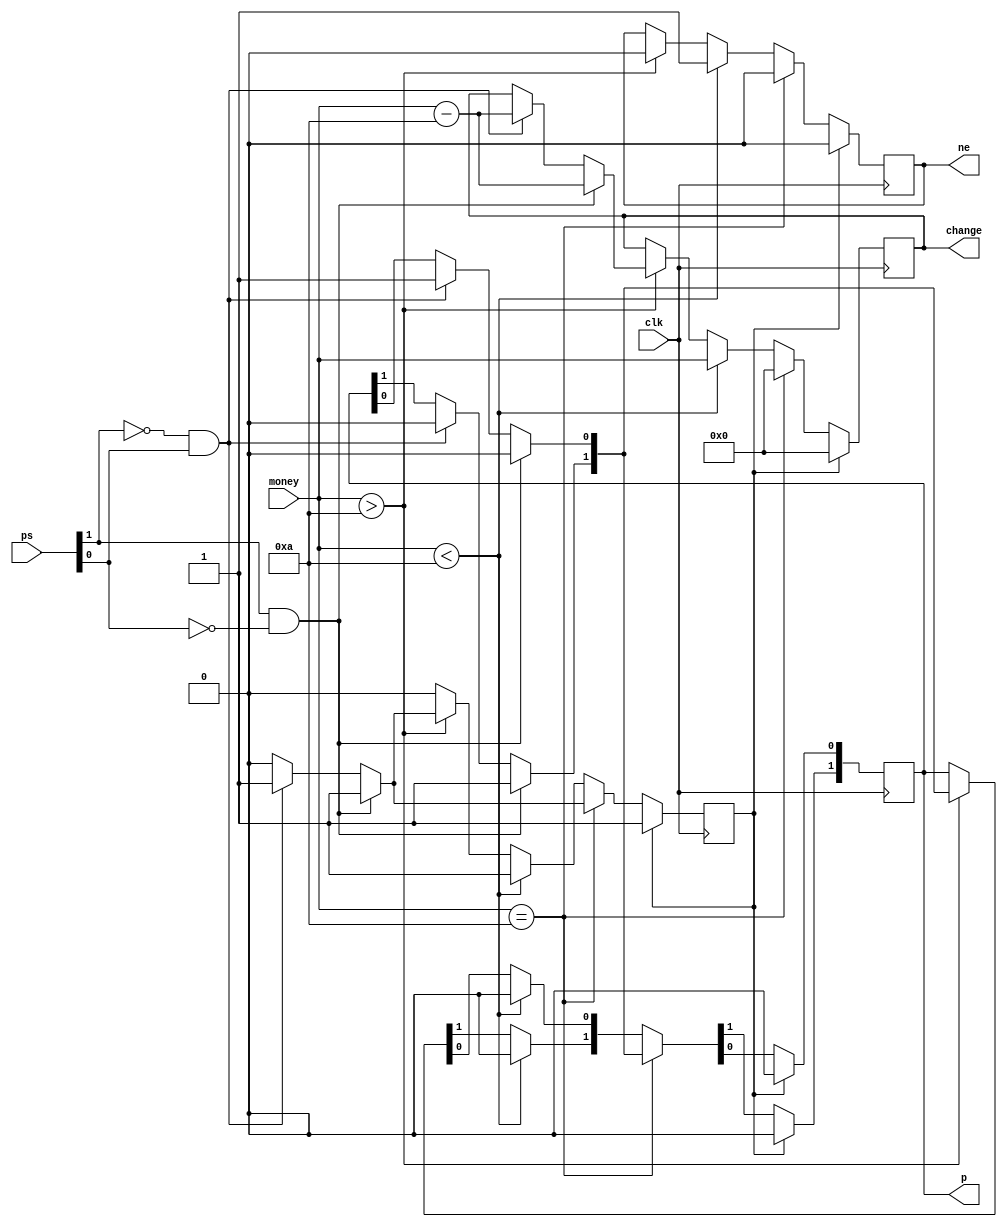
module vendingmachine(p,ne,change,ps,clk,money);
  output reg[0:1]p;
  output reg ne;
  output reg[3:0]change;
  input clk;
  input [3:0]money;
  input [0:1]ps;
  reg reset;
  
   initial 
   begin
   change=4'b0;
   p=2'b0;
   end

  always@(negedge clk)
  begin
    if(reset==1'b1)
      begin
        change=1'b0;
        p[0]=1'b0;
        p[1]=1'b0;
        ne=1'b0;
      end
    else if(money==4'b1010)
      begin
        change=4'b0000;
        ne=1'b0;
        if(ps[0]==1'b1 & ps[1]==1'b0)
          begin
            p[0]=1'b1;
            p[1]=1'b0;
            reset=1'b1;
          end
        else if(ps[0]==1'b0 & ps[1]==1'b1)
          begin
            p[0]=1'b0;
            p[1]=1'b1;
            reset=1'b1;
          end
      end
      
      else if(money<4'b1010)
      begin
        change=money;
        ne=1'b1;
        p[0]=1'b0;
        p[1]=1'b0;
        reset=1'b1;
      end
      
      else if(money>4'b1010)
      begin
        ne=1'b0;
        if(ps[0]==1'b1 & ps[1]==1'b0)
          begin
            p[0]=1'b1;
            p[1]=1'b0;
            change=money-4'b1010;
            reset=1'b1;
          end
        else if(ps[0]==1'b0 & ps[1]==1'b1)
          begin
            p[0]=1'b0;
            p[1]=1'b1;
            change=money-4'b1010;
            reset=1'b1;
          end
      end
    end
  endmodule